Annual administration report of the Civil Veterinary Department of India - 1892-1893
Year: 1892
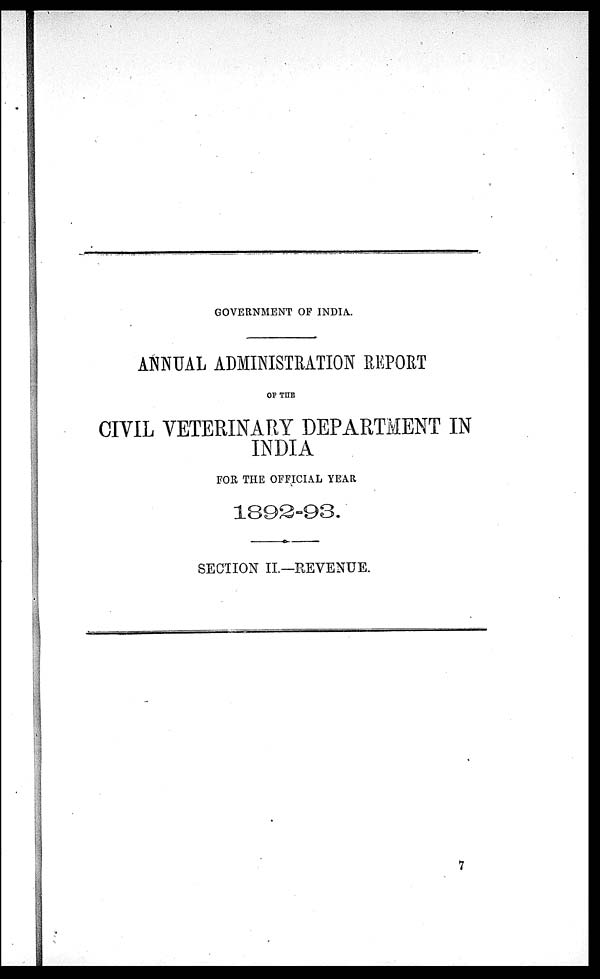
GOVERNMENT OF INDIA.
ANNUAL ADMINISTRATION REPORT
OF THE
CIVIL VETERINARY DEPARTMENT IN
INDIA
FOR THE OFFICIAL YEAR
1892-93.
SECTION II.—REVENUE.
7